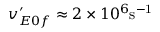
v _ { E 0 f } ^ { \prime } \approx 2 \times 1 0 ^ { 6 } \mathrm { s ^ { - 1 } }